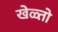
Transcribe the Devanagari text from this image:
खेळ्तो